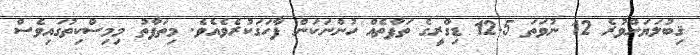
ޤިބުލަޔަށްވުރެ 12 ނުވަތަ 12.5 ޑިގްރީގެ ތަފާތެއް ހުންނަކަން ފާހަގަކުރެވެއެވެ. މިތަފާތު މިމިސްކިތުގައިވެސް